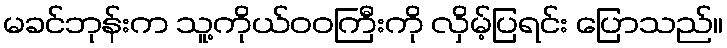
မခင်ဘုန်းက သူ့ကိုယ်ဝဝကြီးကို လှိမ့်ပြရင်း ပြောသည်။